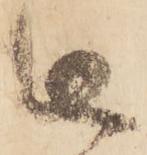
被